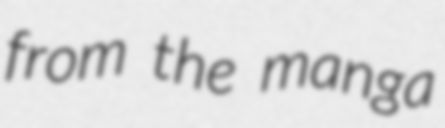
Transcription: from the manga